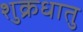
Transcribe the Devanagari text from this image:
शुक्रधातु